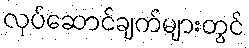
လုပ်ဆောင်ချက်များတွင်